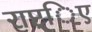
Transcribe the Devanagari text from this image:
राष्ट्िए